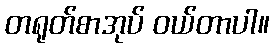
တရုတ်စာအုပ် ဝယ်တာပါ။